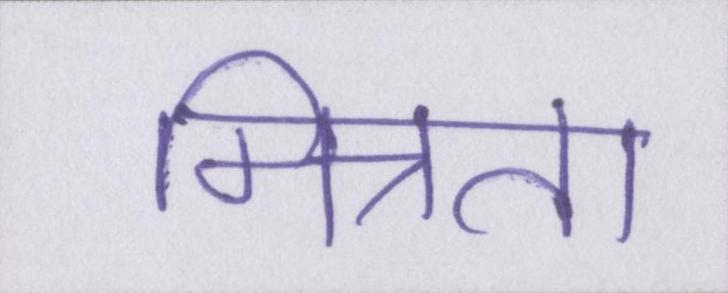
मित्रता